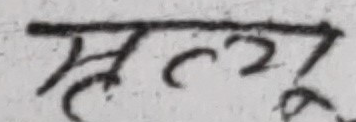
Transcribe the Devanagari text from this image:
सत्नु